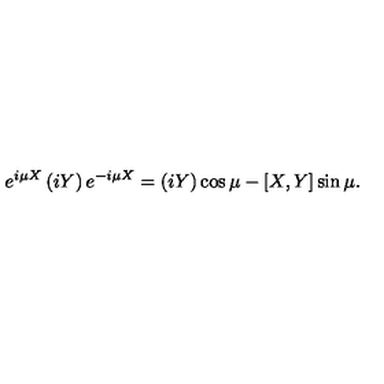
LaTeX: e ^ { i \mu X } \left( i Y \right) e ^ { - i \mu X } = \left( i Y \right) \cos { \mu } - [ X , Y ] \sin { \mu } .